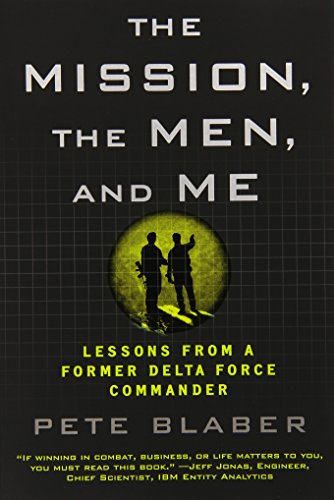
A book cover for The Mission, the Men, and Me: Lessons from a Former Delta Force Commander; Pete Blaber; History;